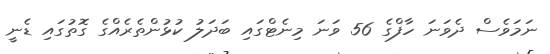
ނަމަވެސް ދެވަނަ ހާފްގެ 56 ވަނަ މިނެޓްގައި ބަދަލު ކުޅުންތެރެއްގެ ގޮތުގައި ޑެނީ